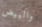
والبيض